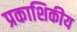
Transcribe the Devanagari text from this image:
प्रकाशिकीय